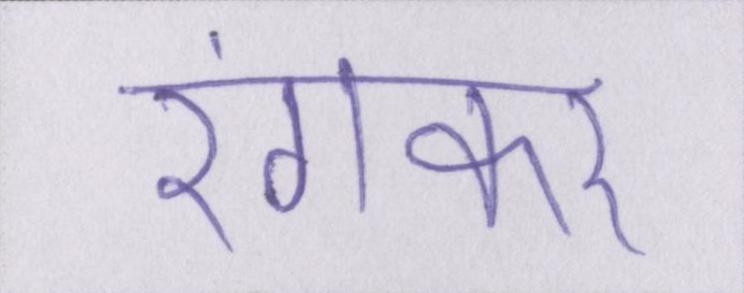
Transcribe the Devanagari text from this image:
रंगकर